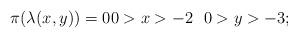
LaTeX: \begin{align*}\pi( \lambda(x_{},y_{}))=00 > x > -2 \ \ 0 > y > -3;\end{align*}